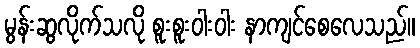
မွန်းဆွလိုက်သလို စူးစူးဝါးဝါး နာကျင်စေလေသည်။